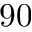
9 0